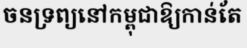
ចនទ្រព្យនៅកម្ពុជាឱ្យកាន់តែ